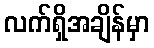
လက်ရှိအချိန်မှာ